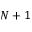
N + 1